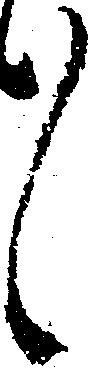
々